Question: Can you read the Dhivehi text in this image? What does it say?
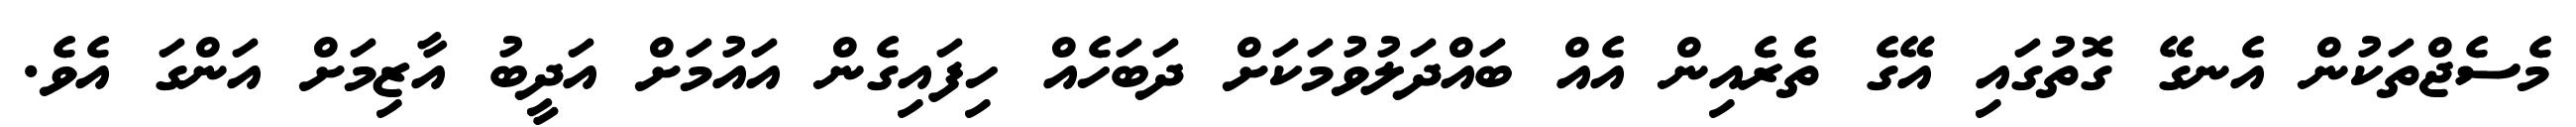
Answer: މެސެޖްތަކުން އެނގޭ ގޮތުގައި އޭގެ ތެރެއިން އެއް ބައްދަލުވުމަކަށް ދަބަހެއް ހިފައިގެން އައުމަށް އަދީބު އާޒިމަށް އަންގަ އެވެ.